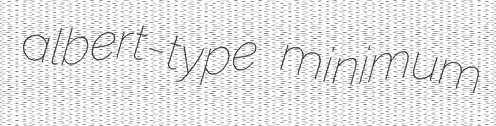
albert-type minimum